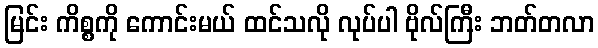
မြင်း ကိစ္စကို ကောင်းမယ် ထင်သလို လုပ်ပါ ဗိုလ်ကြီး ဘတ်တလာ